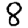
Digit: 8